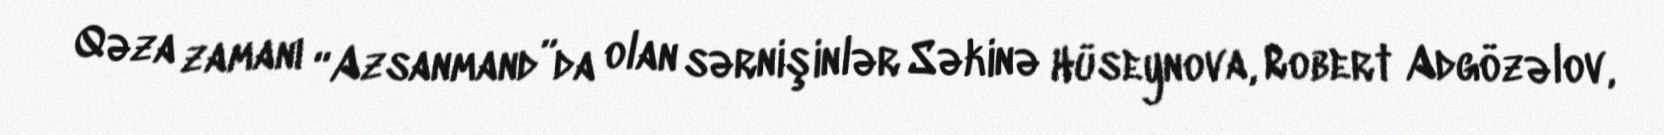
Qəza zamanı “Azsanmand”da olan sərnişinlər Səkinə Hüseynova, Robert Adgözəlov,